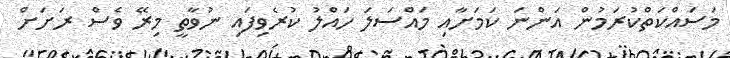
މަސައްކަތްކުރަމުން އަންނަ ކަމަށާއި މައްސަލަ ހައްލު ކުރެވިފައި ނުވާތީ މިރޭ ވެސް ރަށަށް